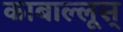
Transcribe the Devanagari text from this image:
काबाल्लूस्